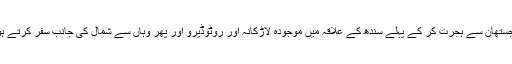
مجوکہ قبیلہ کے متعلق خیال کیا جاتا ہے کہ یہ راجستھان سے ہجرت کر کے پہلے سندھ کے علاقہ میں موجودہ لاڑکانہ اور روٹوڈیرو اور پھر وہاں سے شمال کی جانب سفر کرتے ہوئے پنجاب میں حویلی مجوکہ کے مقام پر پہنچے۔